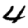
Digit: 4